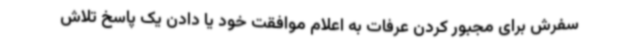
سفرش برای مجبور کردن عرفات به اعلام موافقت خود یا دادن یک پاسخ تلاش